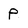
Character: p